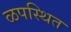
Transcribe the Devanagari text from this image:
ळपस्थित